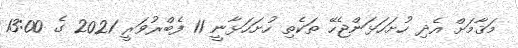
މަޤާމަށް އެދި ހުށަހަޅަންޖެހޭ ތަކެތި ހުށަހަޅާނީ 11 ފެބްރުވަރީ 2021 ގެ 13:00